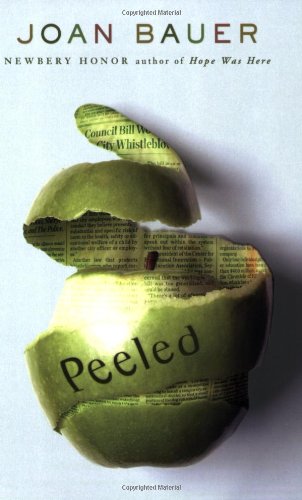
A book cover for Peeled; Joan Bauer; Teen & Young Adult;